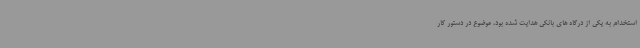
استخدام به یکی از درگاه های بانکی هدایت شده بود، موضوع در دستور کار